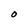
Character: O